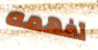
تفهمه